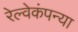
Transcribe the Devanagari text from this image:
रेल्वेकंपन्या